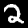
Digit: 2